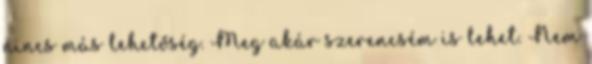
nincs más lehetőség. Meg akár szerencsém is lehet. Nem